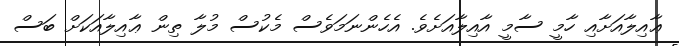
ޢާއިލާއަށާއި ހާމީ ސާމީ އާއިލާއަށެވެ. އެހެންނަމަވެސް މެކުސް މުލާ ތިން ޢާއިލާއަކަށް ބަސް